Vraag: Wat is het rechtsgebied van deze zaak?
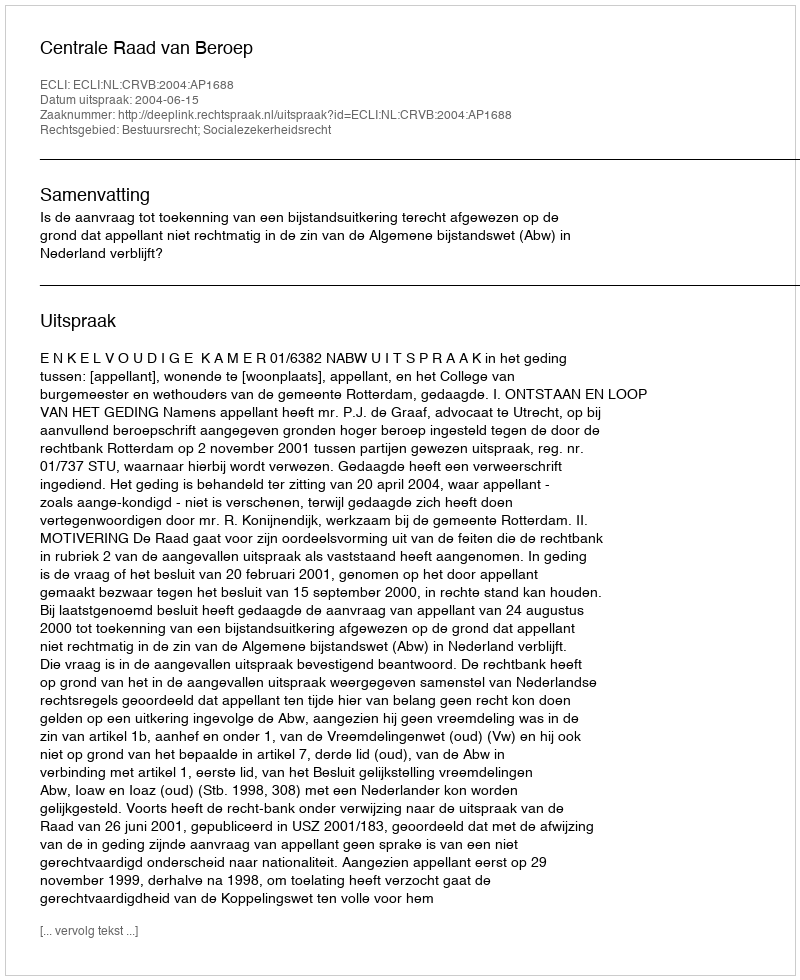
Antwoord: Bestuursrecht; Socialezekerheidsrecht